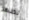
تظهر